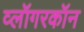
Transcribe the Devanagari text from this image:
व्लॉगरकॉन